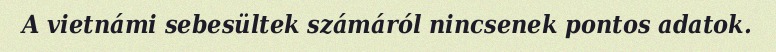
A vietnámi sebesültek számáról nincsenek pontos adatok.